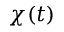
\chi ( t )